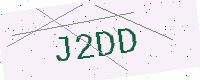
Text: J2DD